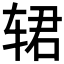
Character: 𰺈